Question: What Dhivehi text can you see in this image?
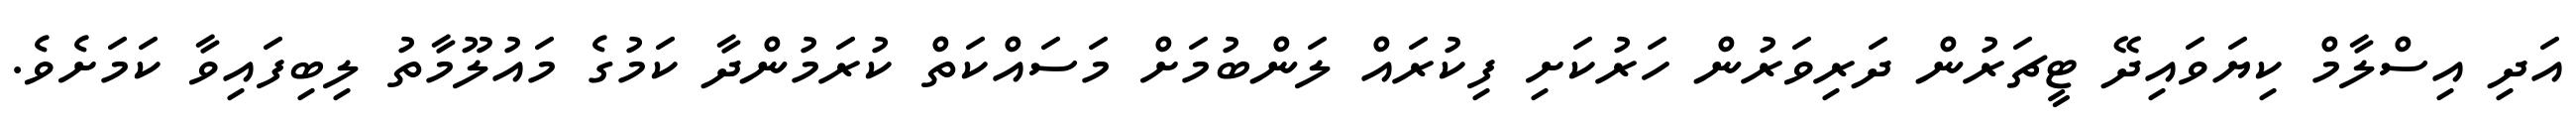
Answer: އަދި އިސްލާމް ކިޔަވައިދޭ ޓީޗަރުން ދަރިވަރުން ހަރުކަށި ފިކުރައް ލަންބުމަށް މަސައްކަތް ކުރަމުންދާ ކަމުގެ މައުލޫމާތު ލިބިފައިވާ ކަމަށެވެ.